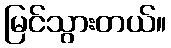
မြင်သွားတယ်။